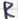
Text: R